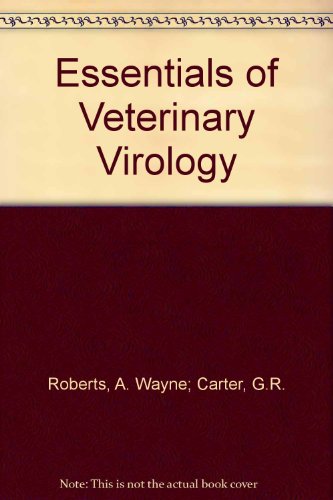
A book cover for Essentials of Veterinary Virology; A. Wayne; Carter, G.R. Roberts; Medical Books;